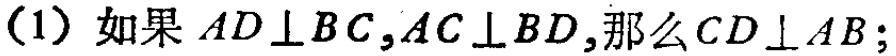
（1）如果 \(AD\perp BC,AC\perp BD\),那么 \(CD\perp AB\);